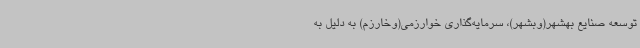
توسعه صنایع بهشهر(وبشهر)، سرمایه‌گذاری خوارزمی(وخارزم) به دلیل به